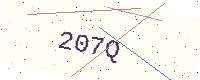
Text: 207Q